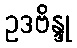
ဥဒဗိန္ဒု